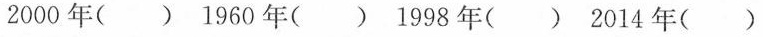
2000年() 1960年() 1998年() 2014年()